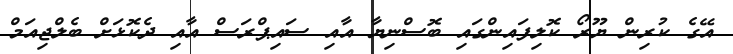
އޭގެ ކުރިން ޔޫރޯ ކޮލިފައިންގައި ބޮސްނިޔާ އާއި ސައިޕްރަސް އާއި ދެކޮޅަށް ބެލްޖިއަމް